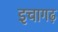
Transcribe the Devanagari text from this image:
इचागढ़